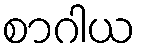
စာဂါယ